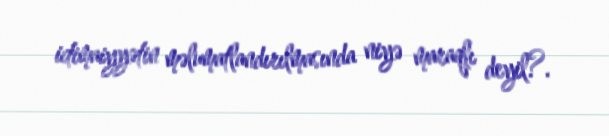
ictimaiyyətin məlumatlandırılmasında niyə maraqlı deyil?.